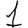
Digit: 1